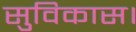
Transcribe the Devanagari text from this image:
सुविकास।